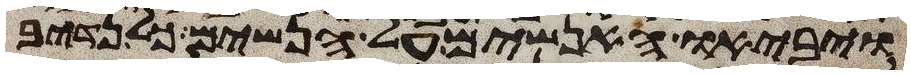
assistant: ויביאו האנשים על הנשים כל נדיב